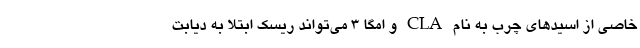
خاصی از اسیدهای چرب به نام CLA و امگا 3 می‌تواند ریسک ابتلا به دیابت